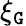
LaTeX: \xi_{\mathtt{G}}